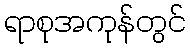
ရာစုအကုန်တွင်